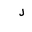
Letter: _lam